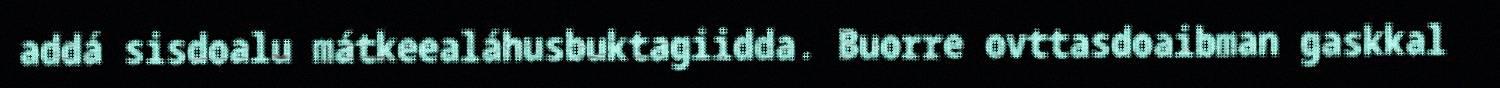
addá sisdoalu mátkeealáhusbuktagiidda. Buorre ovttasdoaibman gaskkal